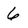
Character: 6